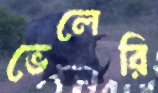
ভেলেরি